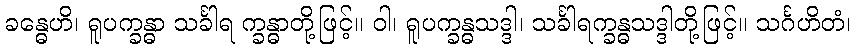
ခန္ဓေဟိ၊ ရူပက္ခန္ဓာ သင်္ခါရ က္ခန္ဓာတို့ဖြင့်။ ဝါ၊ ရူပက္ခန္ဓသဒ္ဒါ၊ သင်္ခါရက္ခန္ဓသဒ္ဒါတို့ဖြင့်။ သင်္ဂဟိတံ၊